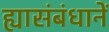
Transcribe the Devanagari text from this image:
ह्यासंबंधानें